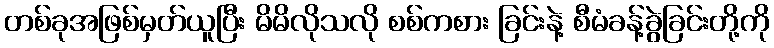
တစ်ခုအဖြစ်မှတ်ယူပြီး မိမိလိုသလို စစ်ကစား ခြင်းနဲ့ စီမံခန့်ခွဲခြင်းတို့ကို